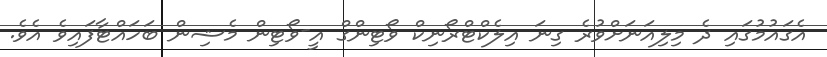
އެގައުމުގައި ދެ މިލިއަނަށްވުރެ ގިނަ އިލެކްޓްރޯނިކް ވޯޓިންގް އީ-ވޯޓިން މެޝިން ބަހައްޓާފައިވެ އެވެ.